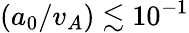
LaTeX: (a_{0}/v_{A})\lesssim 10^{-1}